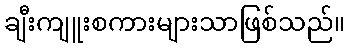
ချီးကျူးစကားများသာဖြစ်သည်။